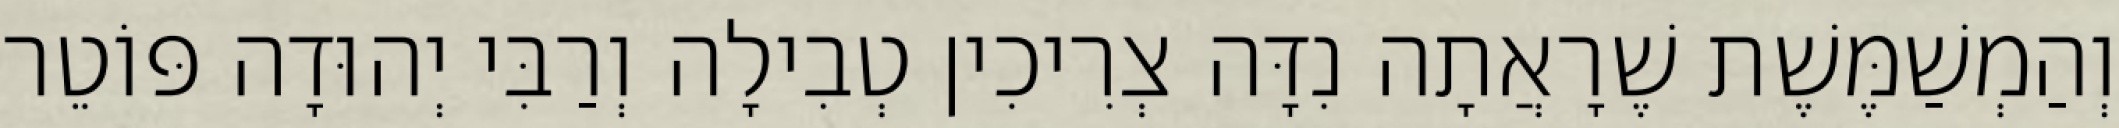
וְהַמְשַׁמֶּשֶׁת שֶׁרָאֲתָה נִדָּה צְרִיכִין טְבִילָה וְרַבִּי יְהוּדָה פּוֹטֵר